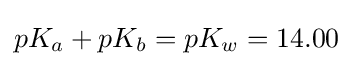
pK_{a}+pK_{b}=pK_{w}=14.00